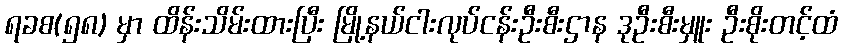
ရခစ(၅၈) မှာ ထိန်းသိမ်းထားပြီး မြို့နယ်ငါးလုပ်ငန်းဦးစီးဌာန ဒုဦးစီးမှူး ဦးစိုးတင့်ထံ